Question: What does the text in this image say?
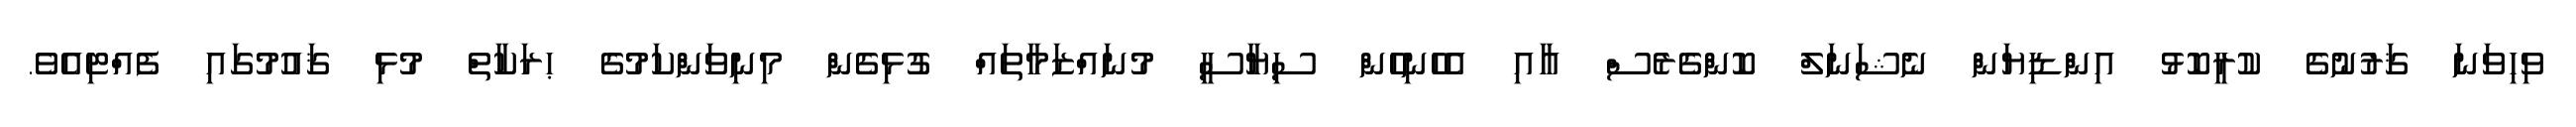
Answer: ވިހިވަނަ ޤަރުނުގެ ކުރީކޮޅު އިންޑިޔަން ނެޝަނަލް ކޮންގެރެސް އާއި އެހެނިހެން ސިޔާސީ މުނައްޒަމާތައް ގުޅިގެން މިނިވަންކަމުގެ ޙރަކާތް މުޅި ޤައުމުގައި ފެއްޓިއެވެ.